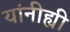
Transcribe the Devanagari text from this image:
यांनीह्यी